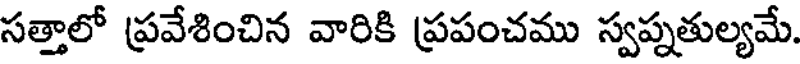
సత్తాలో ప్రవేశించిన వారికి ప్రపంచము స్వప్నతుల్యమే.